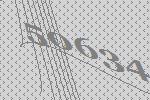
50634